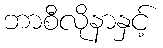
ဘာစီလိုနာနှင့်